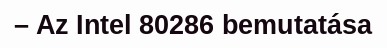
– Az Intel 80286 bemutatása